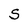
Character: S